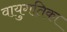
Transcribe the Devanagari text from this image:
वायुगतिका